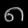
Digit: ၈